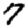
Digit: 7